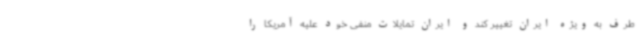
طرف به ویژه ایران تغییر کند و ایران تمایلات منفی خود علیه آمریکا را